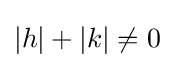
|h|+|k|\neq 0